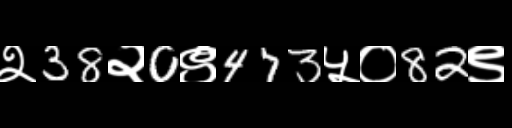
Text: २38२0९473५०82९